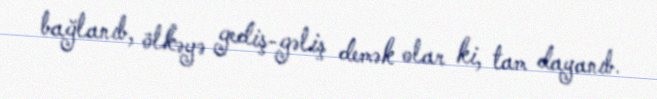
bağlanıb, ölkəyə gediş-gəliş demək olar ki, tam dayanıb.